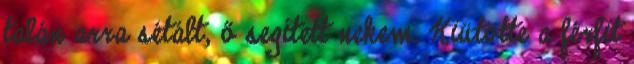
talán arra sétált, ő segített nekem. Kiütötte a férfit